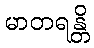
မာတရန္တိ